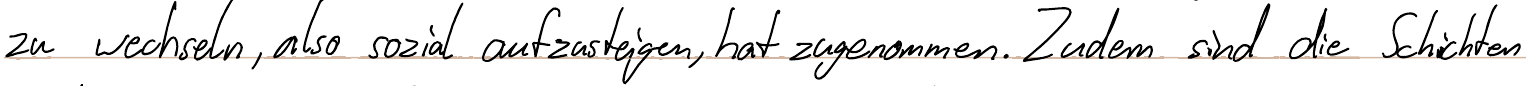
zu wechseln, also sozial aufzusteigen, hat zugenommen. Zudem sind die Schichten